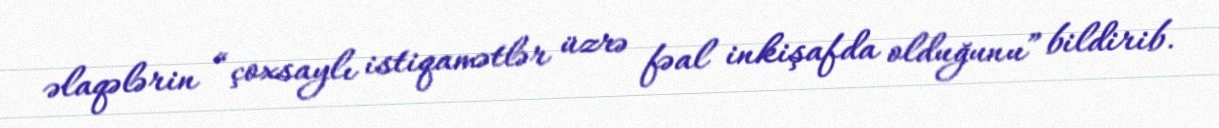
əlaqələrin “çoxsaylı istiqamətlər üzrə fəal inkişafda olduğunu” bildirib.